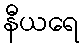
နီယရေ